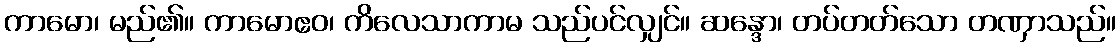
ကာမော၊ မည်၏။ ကာမောဧဝ၊ ကိလေသာကာမ သည်ပင်လျှင်။ ဆန္ဒော၊ တပ်တတ်သော တဏှာသည်။